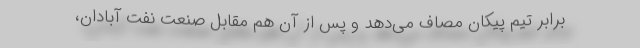
برابر تیم پیکان مصاف می‌دهد و پس از آن هم مقابل صنعت نفت آبادان،